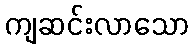
ကျဆင်းလာသော